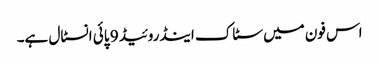
اس فون میں سٹاک اینڈروئیڈ 9 پائی انسٹال ہے۔